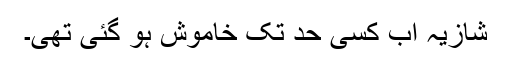
شازیہ اب کسی حد تک خاموش ہو گئی تھی۔